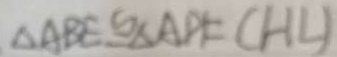
\Delta A B E \cong \Delta A D F ( H L )